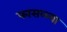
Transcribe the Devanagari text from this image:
फासळ्या